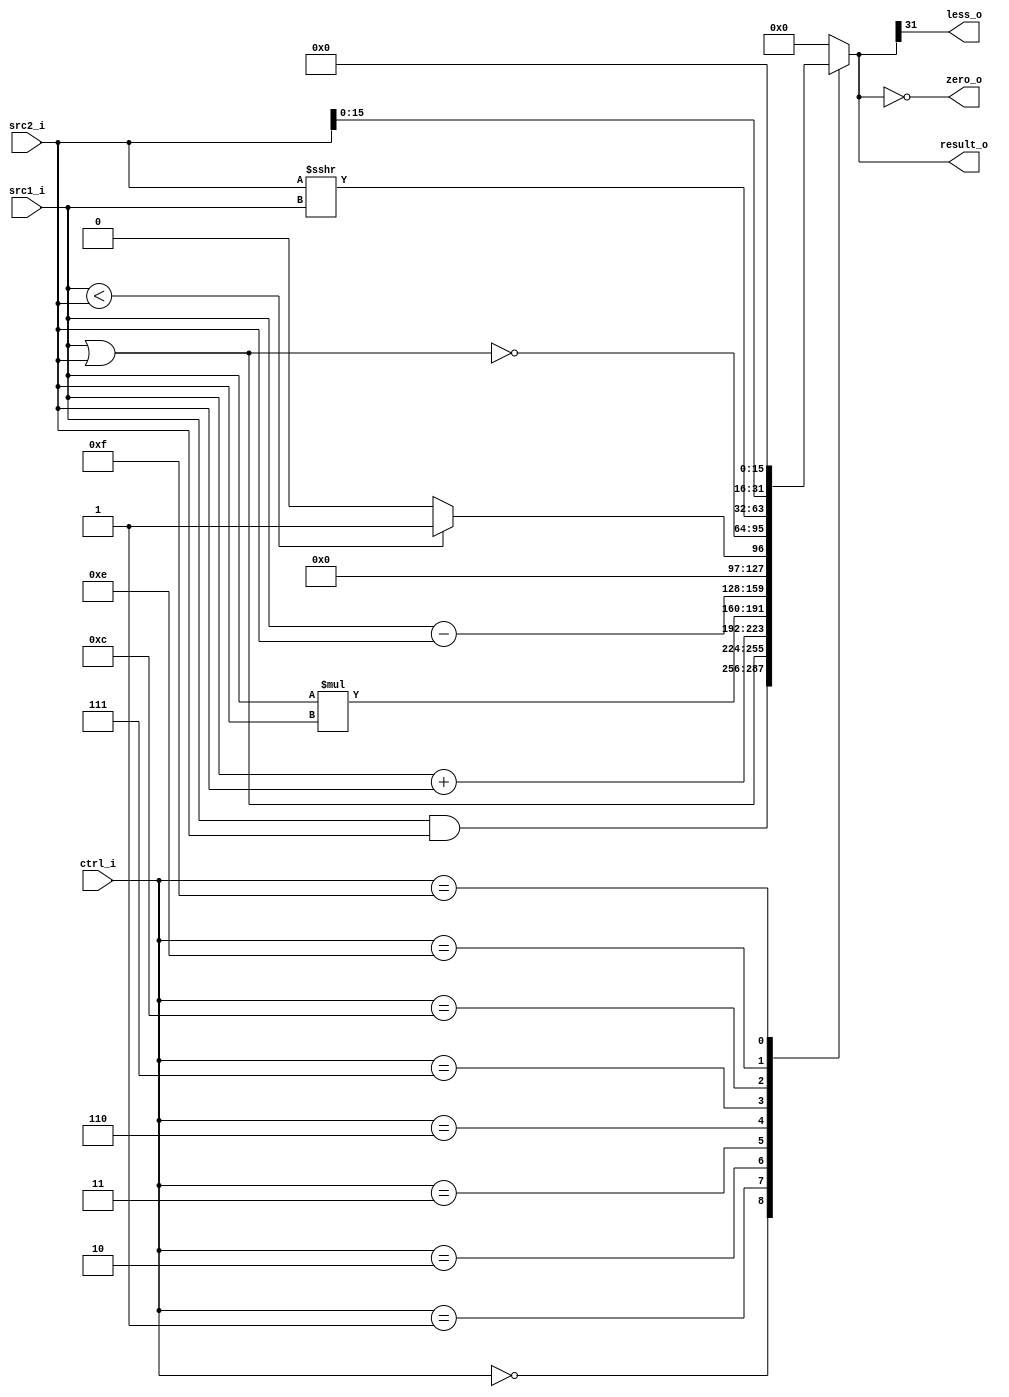
module Alu (
	input [31:0] src1_i,
	input [31:0] src2_i,
	input [3:0] ctrl_i,
	output reg [31:0] result_o,
	output zero_o,
	output less_o
);

assign zero_o = (result_o == 0);
assign less_o = (result_o[31] == 1);

always @(*) begin
	case (ctrl_i)
		0:       result_o = src1_i & src2_i;
		1:       result_o = src1_i | src2_i;
		2:       result_o = src1_i + src2_i;
		3:       result_o = src1_i * src2_i;
		6:       result_o = src1_i - src2_i;
		7:       result_o = ($signed(src1_i) < $signed(src2_i)) ? 1 : 0;
		12:      result_o = ~(src1_i | src2_i);
		14:      result_o = $signed(src2_i) >>> $signed(src1_i);
		15:      result_o = src2_i << 16;
		default: result_o = 0;
	endcase
end

endmodule